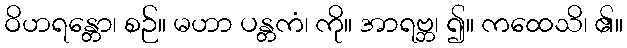
ဝိဟရန္တော၊ စဉ်။ မဟာ ပန္တကံ၊ ကို။ အာရဗ္ဘ၊ ၍။ ကထေသိ၊ ၏။